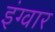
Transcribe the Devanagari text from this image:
इंग्वार